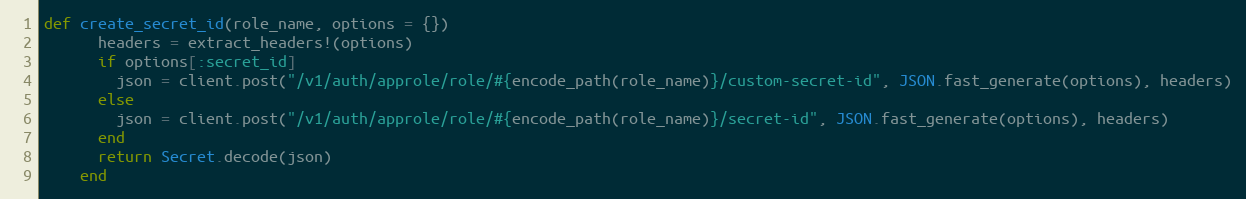
Language: Ruby
def create_secret_id(role_name, options = {})
      headers = extract_headers!(options)
      if options[:secret_id]
        json = client.post("/v1/auth/approle/role/#{encode_path(role_name)}/custom-secret-id", JSON.fast_generate(options), headers)
      else
        json = client.post("/v1/auth/approle/role/#{encode_path(role_name)}/secret-id", JSON.fast_generate(options), headers)
      end
      return Secret.decode(json)
    end